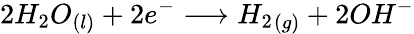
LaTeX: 2{H_{2}}O_{(l)}+2e^{-}\longrightarrow{H_{2}}_{(g)}+2OH{^{-}}